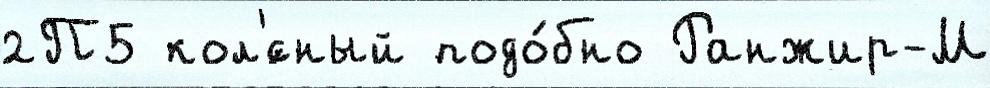
2П5 кол'́сный подо́бно Ранжир-М